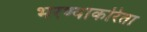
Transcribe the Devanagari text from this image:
भरण्याकरिता